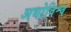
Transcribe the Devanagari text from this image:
अधोविश्व